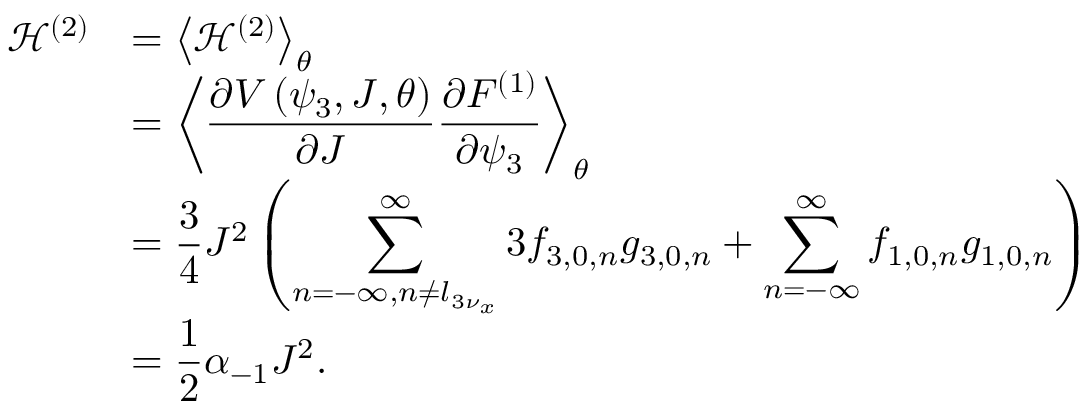
\begin{array} { c l } { \displaystyle \mathcal { H } ^ { ( 2 ) } } & { \displaystyle = \left< { \mathcal { H } ^ { ( 2 ) } } \right> _ { \theta } } \\ & { \displaystyle = \left< { \frac { \partial V \left( \psi _ { 3 } , J , \theta \right) } { \partial J } \frac { \partial F ^ { ( 1 ) } } { \partial \psi _ { 3 } } } \right> _ { \theta } } \\ & { \displaystyle = \frac { 3 } { 4 } J ^ { 2 } \left( \sum _ { n = - \infty , n \neq l _ { 3 \nu _ { x } } } ^ { \infty } { 3 f _ { 3 , 0 , n } g _ { 3 , 0 , n } } + \sum _ { n = - \infty } ^ { \infty } { f _ { 1 , 0 , n } g _ { 1 , 0 , n } } \right) } \\ & { \displaystyle = \frac { 1 } { 2 } \alpha _ { - 1 } J ^ { 2 } . } \end{array}